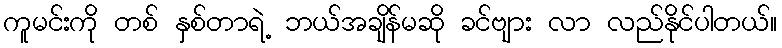
ကူမင်းကို တစ် နှစ်တာရဲ့ ဘယ်အချိန်မဆို ခင်ဗျား လာ လည်နိုင်ပါတယ်။